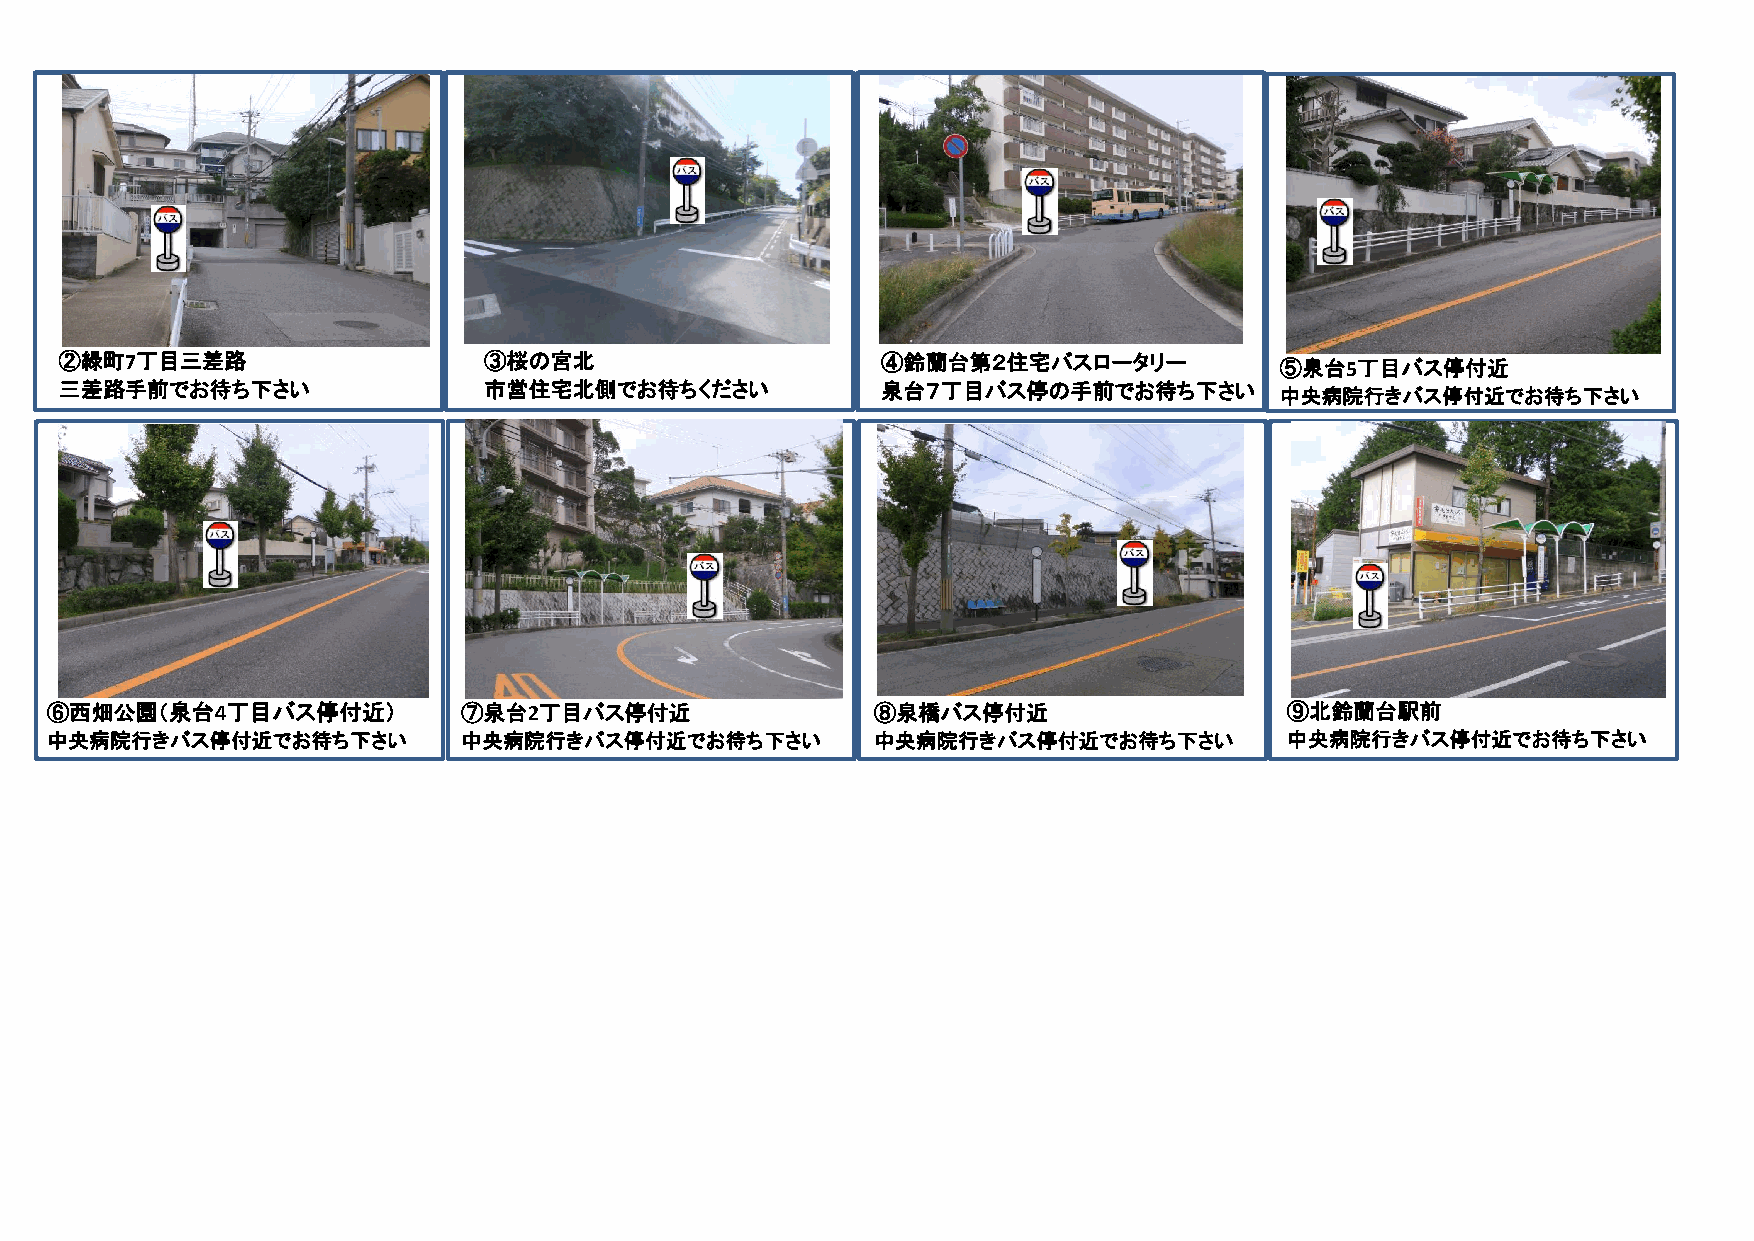
②緑町7丁目三差路                   ③桜の宮北                     ④鈴蘭台第２住宅バスロータリー            ⑤泉台5丁目バス停付近
 三差路手前でお待ち下さい                市営住宅北側でお待ちください            泉台７丁目バス停の手前でお待ち下さい         中央病院行きバス停付近でお待ち下さい
 ⑥西畑公園（泉台4丁目バス停付近）           ⑦泉台2丁目バス停付近                ⑧泉橋バス停付近                   ⑨北鈴蘭台駅前
 中央病院行きバス停付近でお待ち下さい          中央病院行きバス停付近でお待ち下さい         中央病院行きバス停付近でお待ち下さい         中央病院行きバス停付近でお待ち下さい